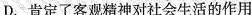
D. 肯定了客观精神对社会生活的作用